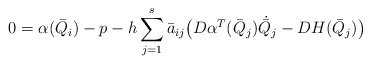
\begin{align*}0 &= \alpha(\bar Q_i) - p - h \sum_{j=1}^s \bar a_{ij}\big(D\alpha^T(\bar Q_j) \dot {\bar{Q}}_j - DH(\bar Q_j) \big)\end{align*}